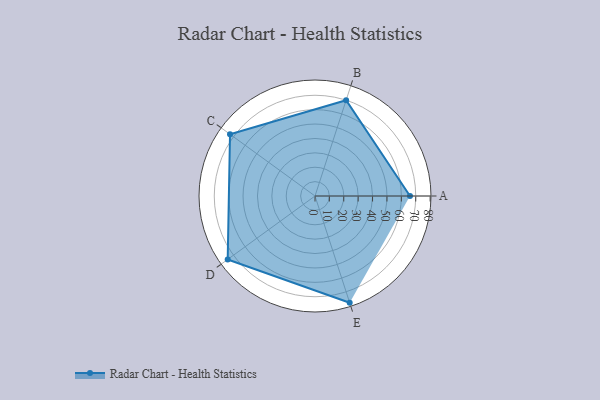
{"axis": {"x": "Skill", "y": "Score"}, "legend": ["Profile"], "data": [{"x": "A", "y": 66.0, "type": "Profile"}, {"x": "B", "y": 70.0, "type": "Profile"}, {"x": "C", "y": 73.0, "type": "Profile"}, {"x": "D", "y": 75.0, "type": "Profile"}, {"x": "E", "y": 78.0, "type": "Profile"}]}